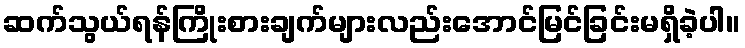
ဆက်သွယ်ရန်ကြိုးစားချက်များလည်းအောင်မြင်ခြင်းမရှိခဲ့ပါ။